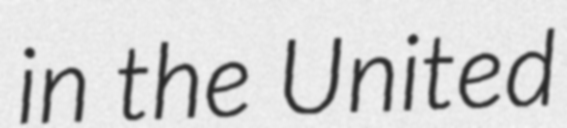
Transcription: in the United